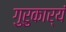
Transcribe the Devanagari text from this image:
गुरुकार्यं